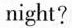
night?